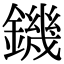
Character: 鐖